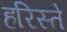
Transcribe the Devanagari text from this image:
हरिस्ते